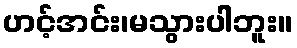
ဟင့်အင်း၊မသွားပါဘူး။